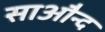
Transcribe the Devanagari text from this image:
साऔन्द